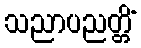
သညာပညတ္တိံ